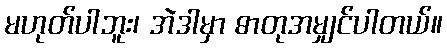
မဟုတ်ပါဘူး၊ အဲဒါမှာ ဓာတုအမျှင်ပါတယ်။